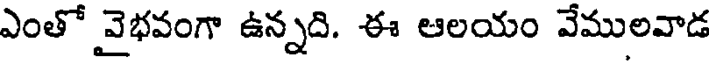
ఎంతో వైభవంగా ఉన్నది. ఈ ఆలయం వేములవాడ